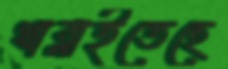
খাব্‌লাইতেছে